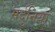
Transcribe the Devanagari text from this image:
मर्दुनियां